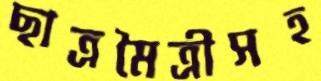
ছাত্রমৈত্রীসহ